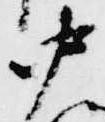
中